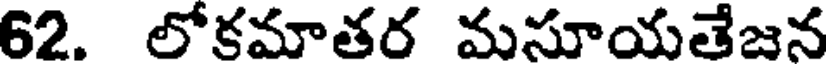
62. లోకమాతర మసూయతేజన